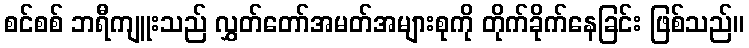
စင်စစ် ဘရီကျူးသည် လွှတ်တော်အမတ်အများစုကို တိုက်ခိုက်နေခြင်း ဖြစ်သည်။